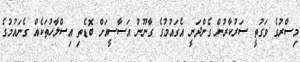
މިސްރުގެ ވަގުތީ ސަރުކާރުން ގެންދަނީ އެގައުމުގެ ގާނޫނު އަސާސީއަށް ބޮޑެތި އިސްލާހުތަކެއް ގެނައުމުގެ